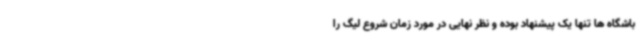
باشگاه ها تنها یک پیشنهاد بوده و نظر نهایی در مورد زمان شروع لیگ را